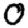
Digit: 0